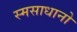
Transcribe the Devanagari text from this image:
स्मसाधानो